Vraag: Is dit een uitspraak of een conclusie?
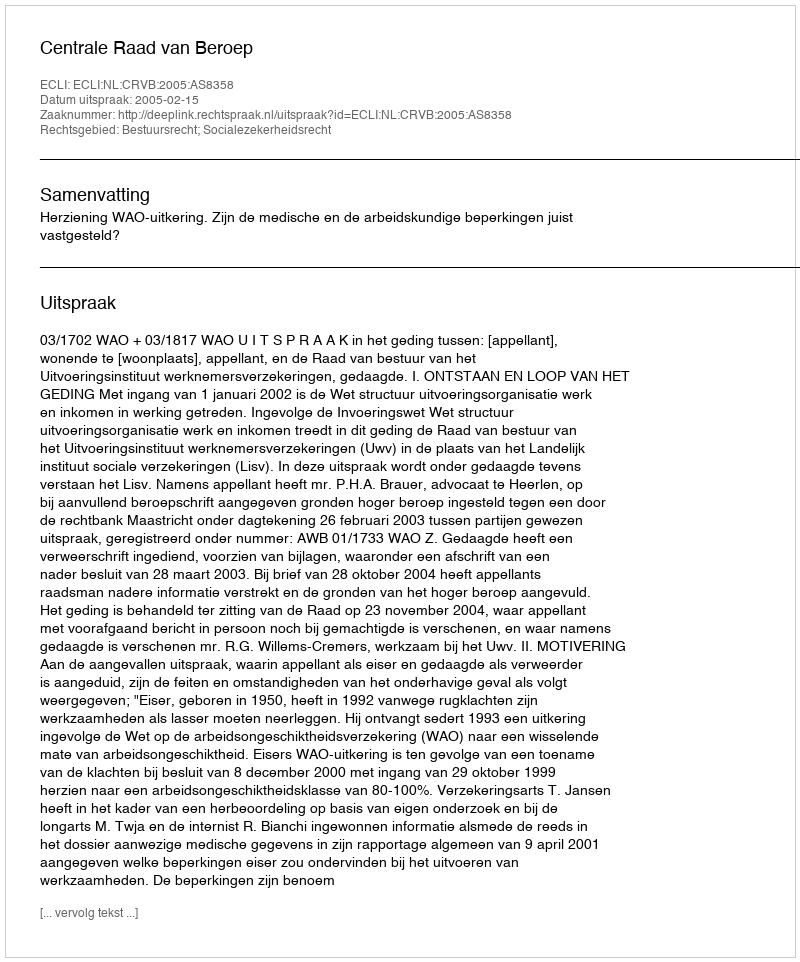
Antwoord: Uitspraak